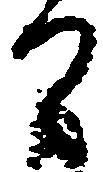
間